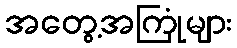
အတွေ့အကြုံများ